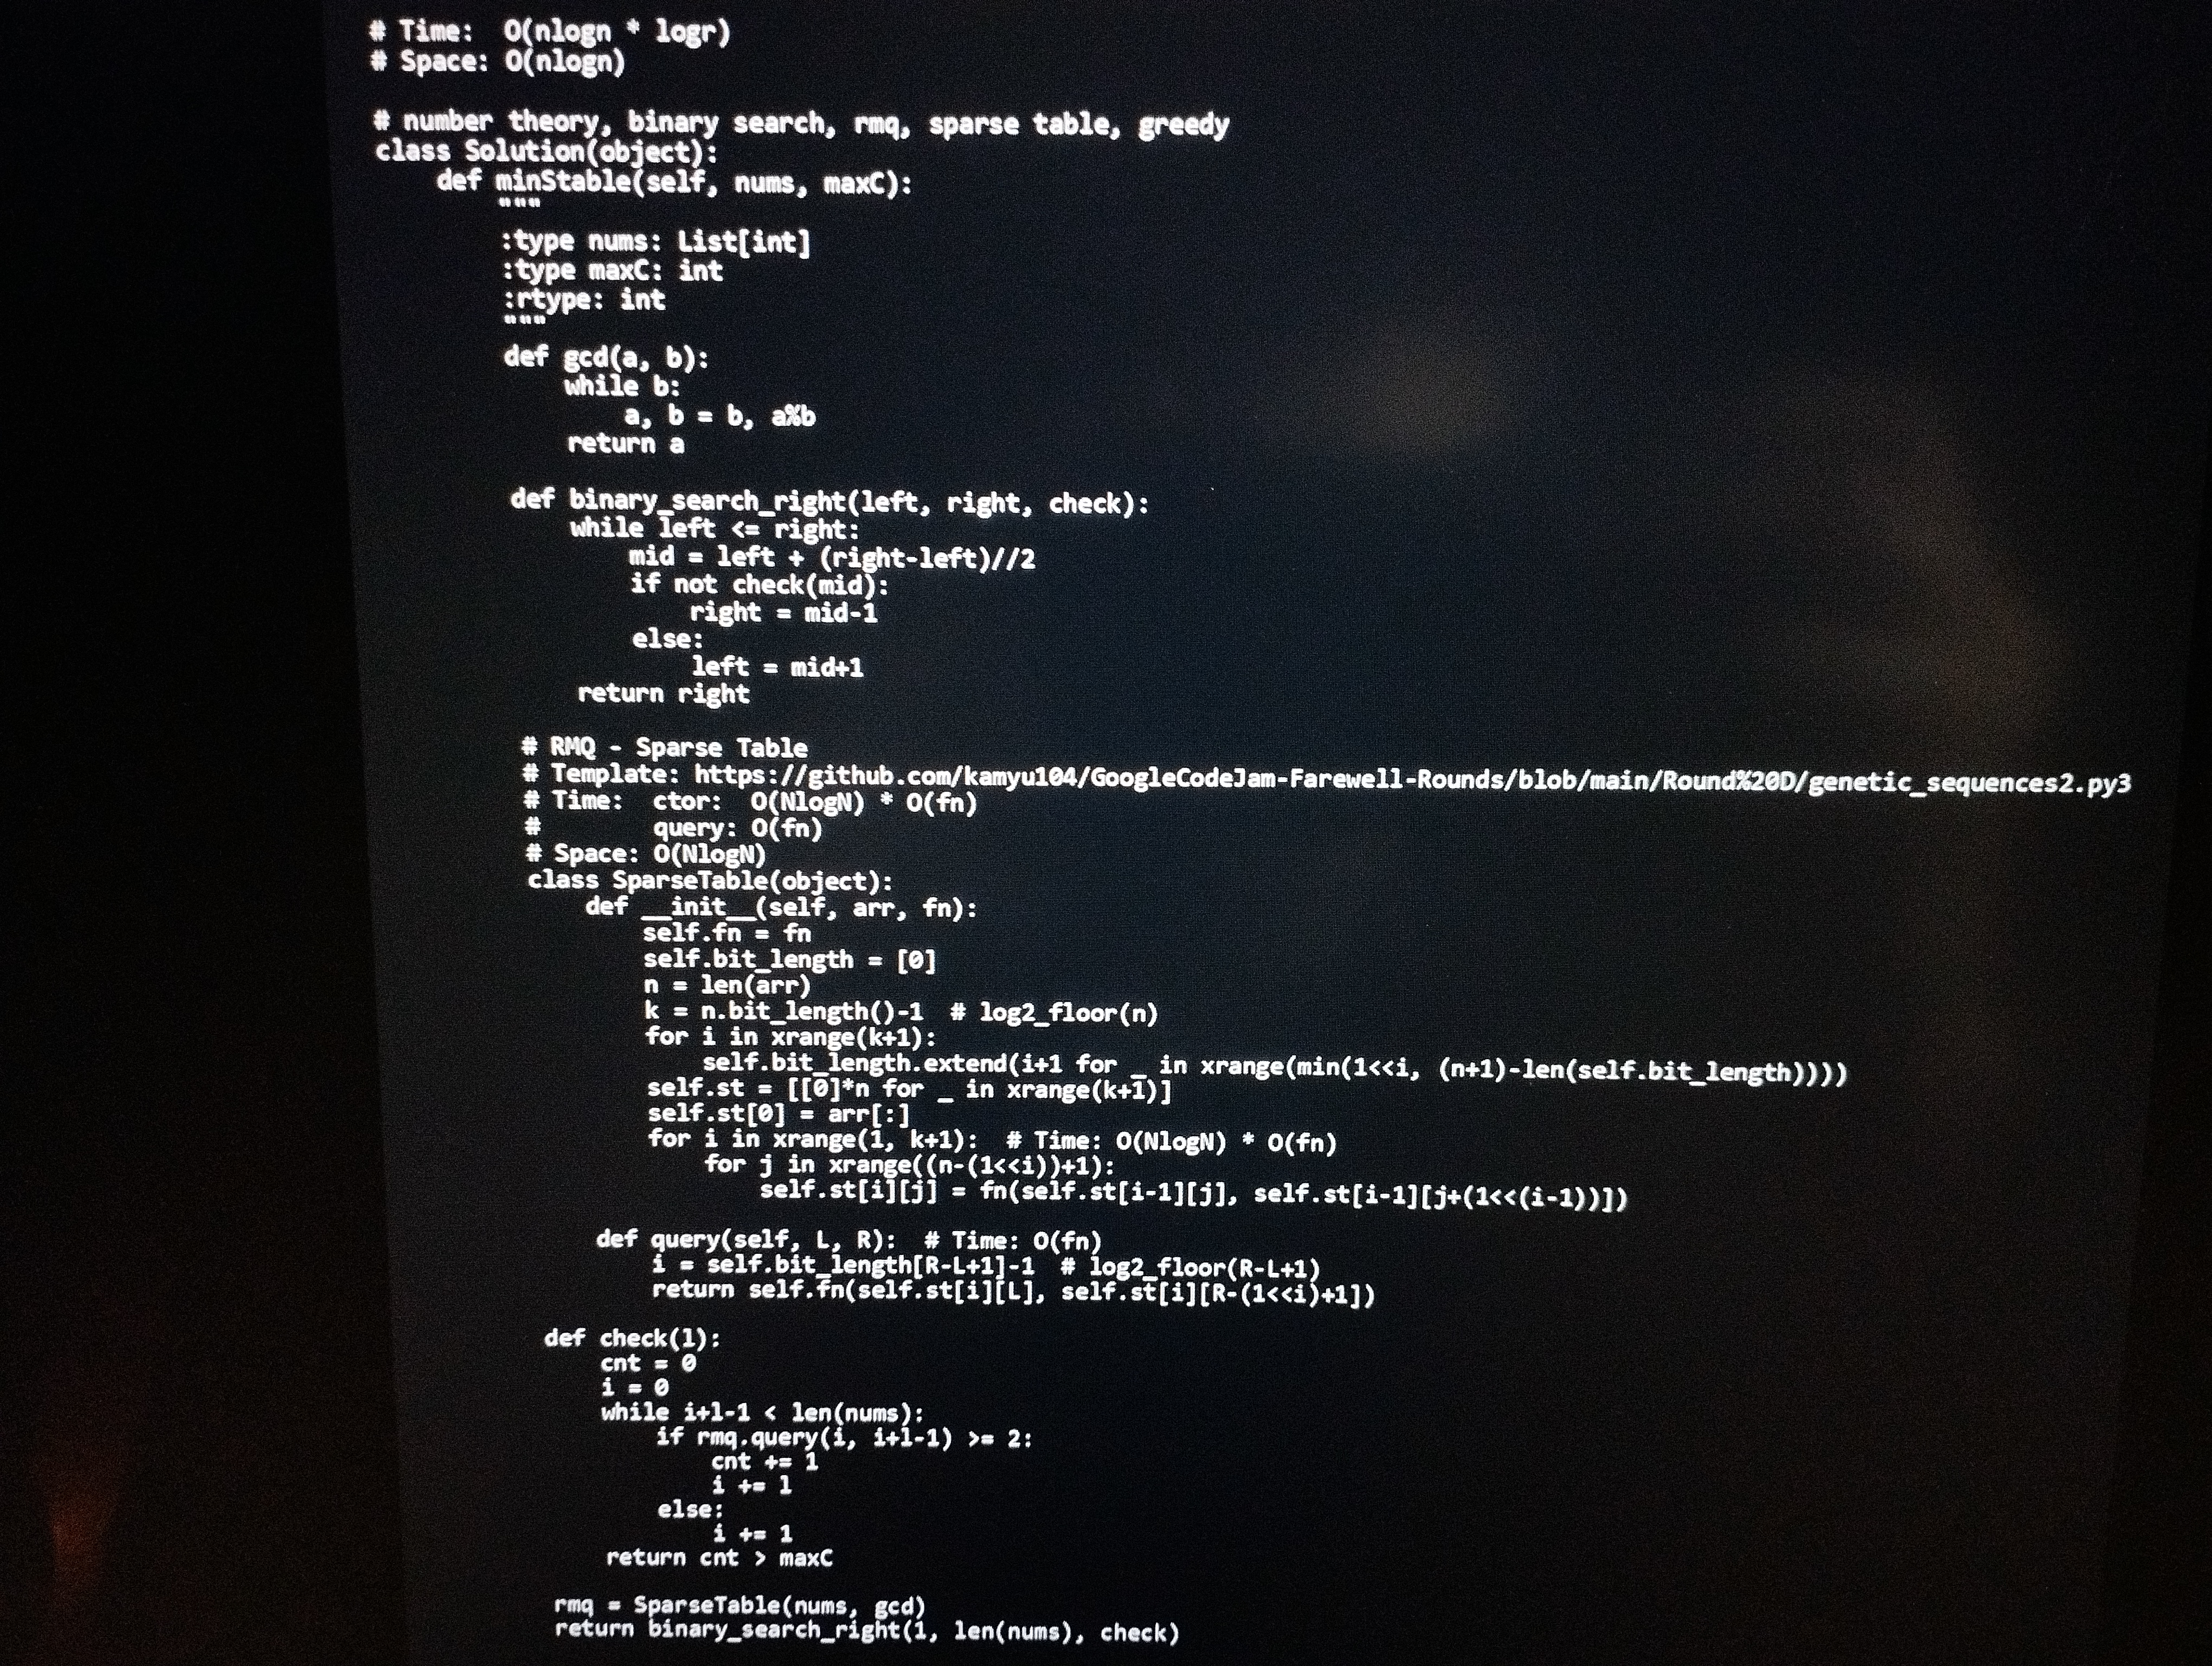
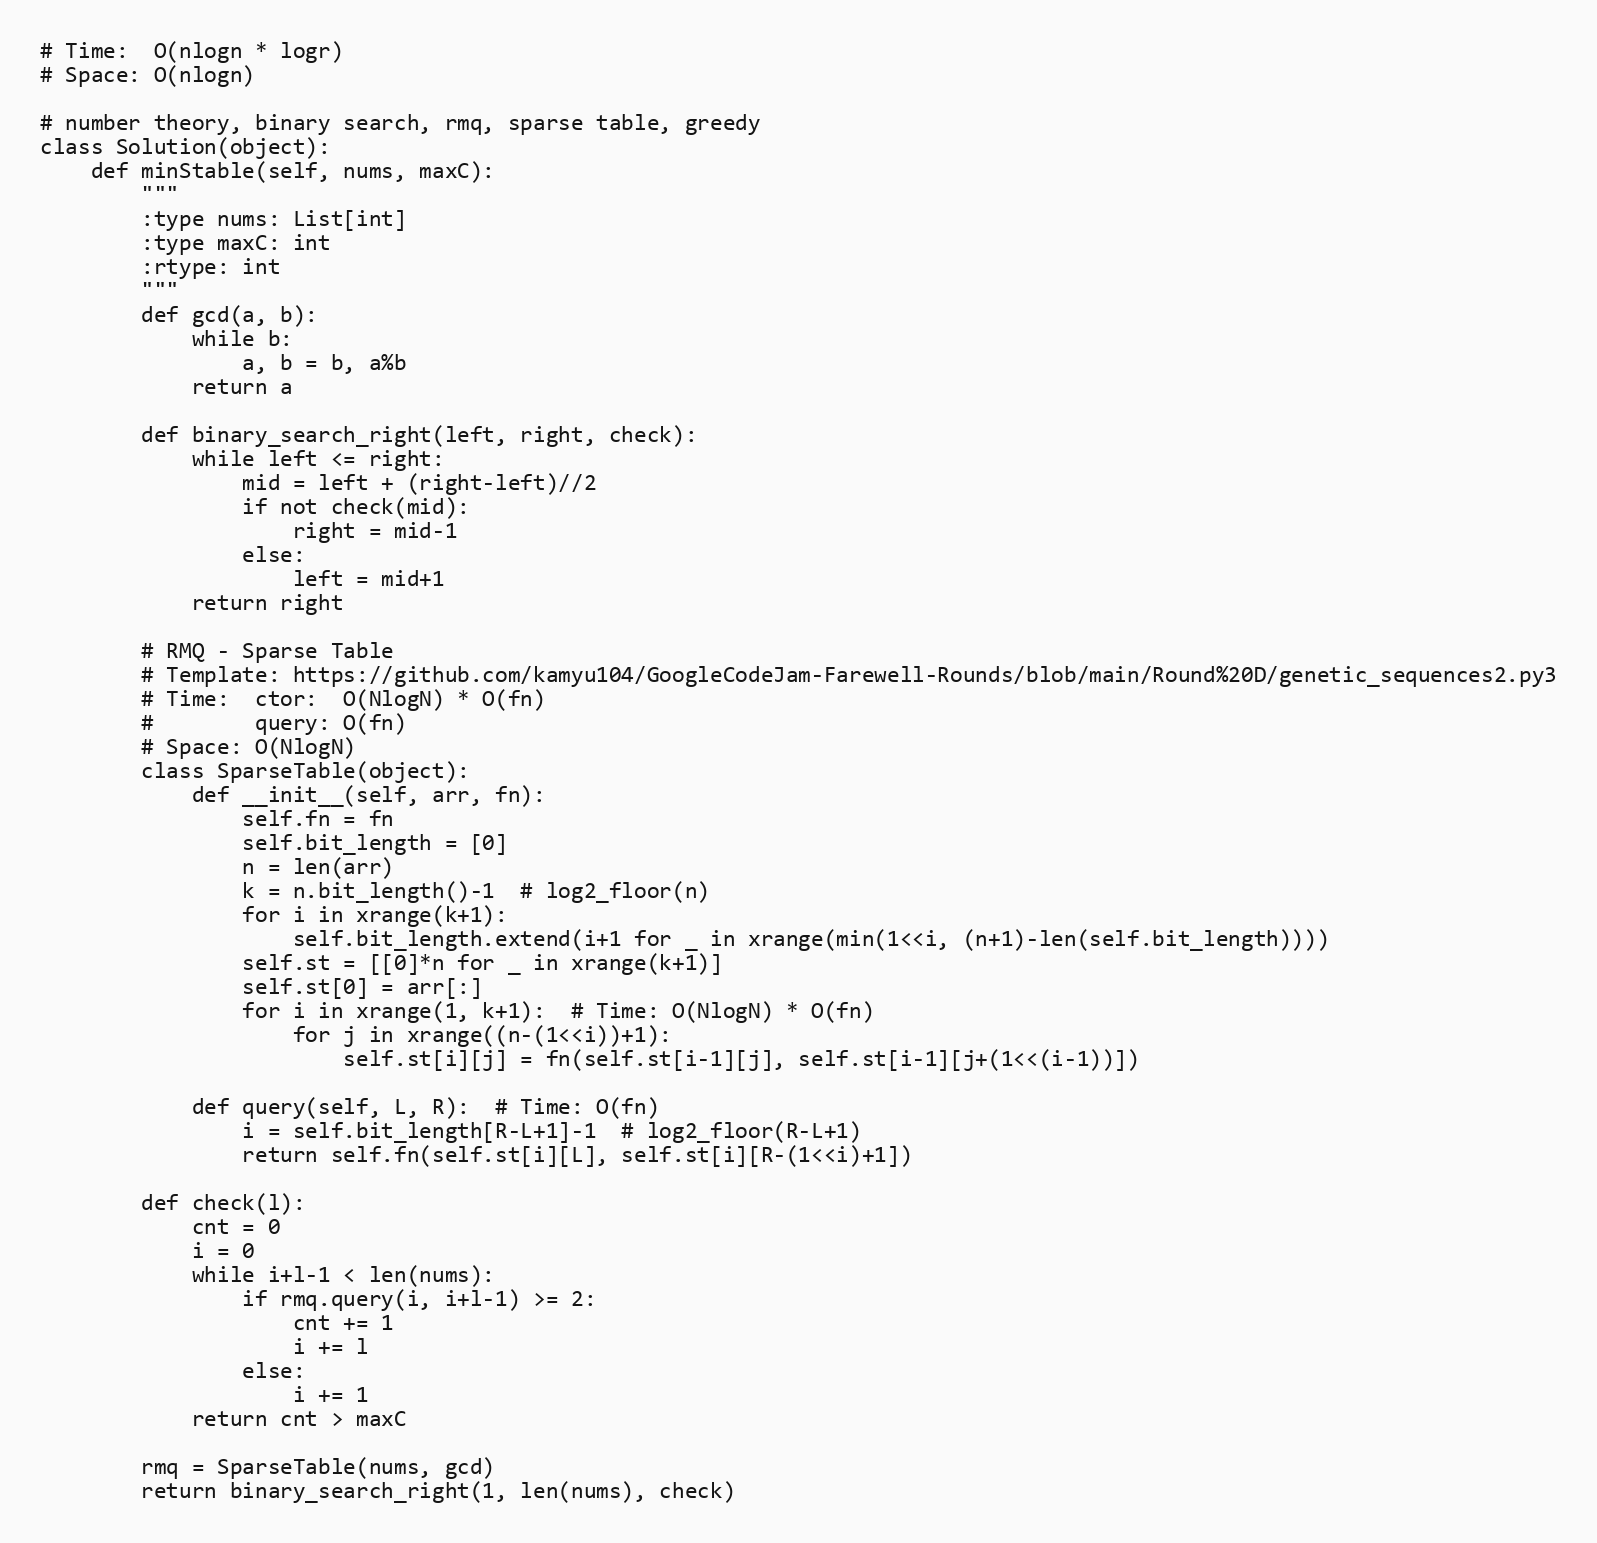
# Time:  O(nlogn * logr)
# Space: O(nlogn)

# number theory, binary search, rmq, sparse table, greedy
class Solution(object):
    def minStable(self, nums, maxC):
        """
        :type nums: List[int]
        :type maxC: int
        :rtype: int
        """
        def gcd(a, b):
            while b:
                a, b = b, a%b
            return a

        def binary_search_right(left, right, check):
            while left <= right:
                mid = left + (right-left)//2
                if not check(mid):
                    right = mid-1
                else:
                    left = mid+1
            return right

        # RMQ - Sparse Table
        # Template: https://github.com/kamyu104/GoogleCodeJam-Farewell-Rounds/blob/main/Round%20D/genetic_sequences2.py3
        # Time:  ctor:  O(NlogN) * O(fn)
        #        query: O(fn)
        # Space: O(NlogN)
        class SparseTable(object):
            def __init__(self, arr, fn):
                self.fn = fn
                self.bit_length = [0]
                n = len(arr)
                k = n.bit_length()-1  # log2_floor(n)
                for i in xrange(k+1):
                    self.bit_length.extend(i+1 for _ in xrange(min(1<<i, (n+1)-len(self.bit_length))))
                self.st = [[0]*n for _ in xrange(k+1)]
                self.st[0] = arr[:]
                for i in xrange(1, k+1):  # Time: O(NlogN) * O(fn)
                    for j in xrange((n-(1<<i))+1):
                        self.st[i][j] = fn(self.st[i-1][j], self.st[i-1][j+(1<<(i-1))])

            def query(self, L, R):  # Time: O(fn)
                i = self.bit_length[R-L+1]-1  # log2_floor(R-L+1)
                return self.fn(self.st[i][L], self.st[i][R-(1<<i)+1])

        def check(l):
            cnt = 0
            i = 0
            while i+l-1 < len(nums):
                if rmq.query(i, i+l-1) >= 2:
                    cnt += 1
                    i += l
                else:
                    i += 1
            return cnt > maxC

        rmq = SparseTable(nums, gcd)
        return binary_search_right(1, len(nums), check)